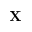
\mathbf { X }